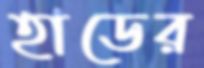
হাডের